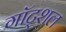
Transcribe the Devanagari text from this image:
गॉट्शल